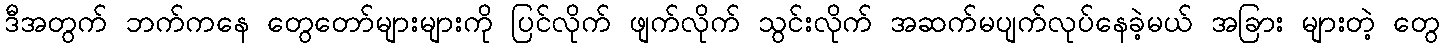
ဒီအတွက် ဘက်ကနေ တွေတော်များများကို ပြင်လိုက် ဖျက်လိုက် သွင်းလိုက် အဆက်မပျက်လုပ်နေခဲ့မယ် အခြား များတဲ့ တွေ